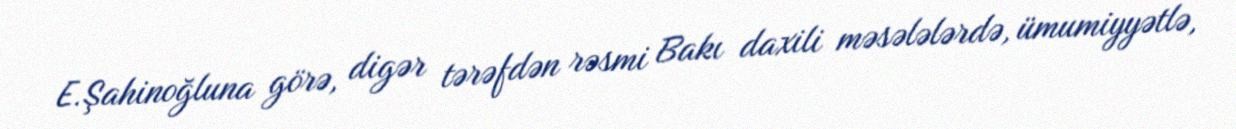
E.Şahinoğluna görə, digər tərəfdən rəsmi Bakı daxili məsələlərdə, ümumiyyətlə,